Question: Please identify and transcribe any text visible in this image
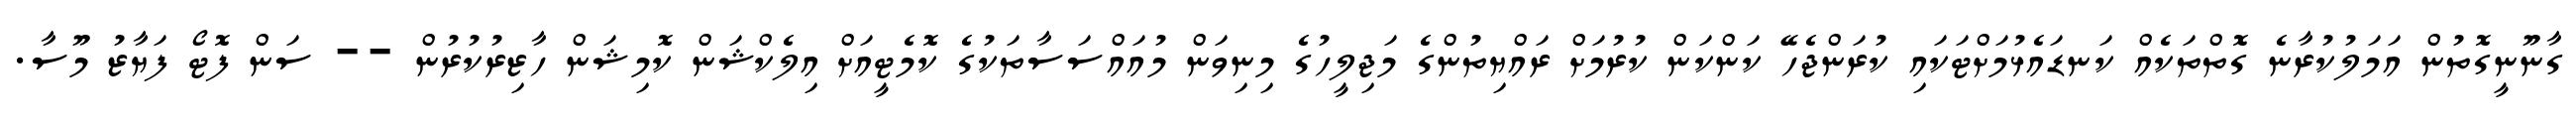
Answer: ގާނޫނީގޮތުން އަމަލުކުރާނެ ގޮތްތަކެއް ކަނޑައެޅުމަށްޓަކައި ކުރަންޖެހޭ ކަންކަން ކުރުމަށް ރައްޔިތުންގެ މަޖިލީހުގެ މިނިވަން މުއައްސަސާތަކުގެ ކޮމެޓީއަށް އިލެކްޝަން ކޮމިޝަން ހާޒިރުކުރުން -- ސަން ފޮޓޯ ފަޔާޒު މޫސާ.